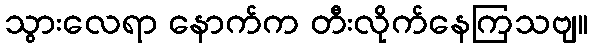
သွားလေရာ နောက်က တီးလိုက်နေကြသဗျ။